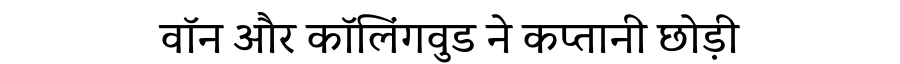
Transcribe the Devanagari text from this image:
वॉन और कॉलिंगवुड ने कप्तानी छोड़ी